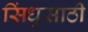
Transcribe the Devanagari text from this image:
सिंधुसाठी